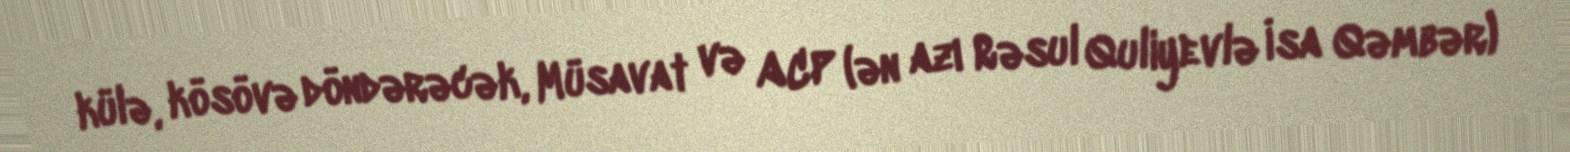
külə, kösövə döndərəcək, Müsavat və ACP (ən azı Rəsul Quliyevlə İsa Qəmbər)